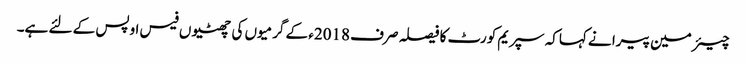
چیئر مین پیرا نے کہاکہ سپریم کورٹ کا فیصلہ صرف 2018ء کے گرمیوں کی چھٹیوں فیس اوپس کے لئے ہے۔